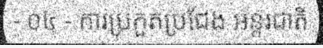
- ០៤ - ការប្រកួតប្រជែង អន្តរជាតិ